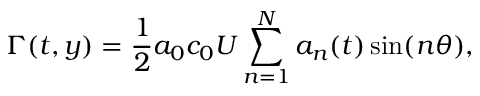
\Gamma ( t , y ) = \frac { 1 } { 2 } a _ { 0 } c _ { 0 } U \sum _ { n = 1 } ^ { N } a _ { n } ( t ) \sin ( n \theta ) ,